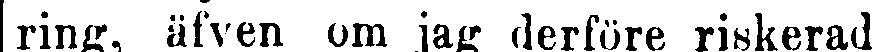
ring, äfven om jag derföre riskerade